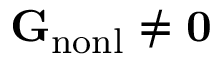
{ \bf G } _ { \mathrm { n o n l } } \neq { \bf 0 }